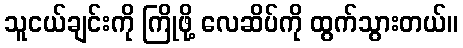
သူငယ်ချင်းကို ကြိုဖို့ လေဆိပ်ကို ထွက်သွားတယ်။